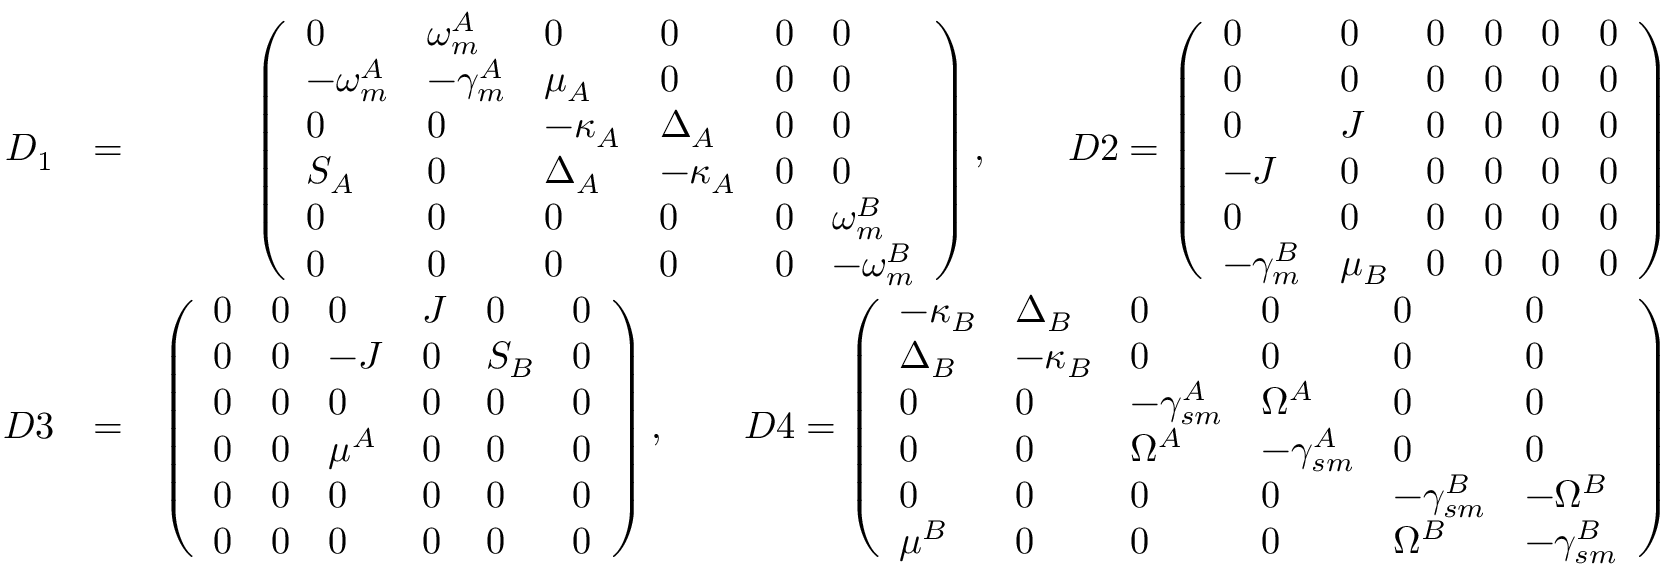
\begin{array} { r l r } { D _ { 1 } } & { = } & { \left( \begin{array} { l l l l l l } { 0 } & { \omega _ { m } ^ { A } } & { 0 } & { 0 } & { 0 } & { 0 } \\ { - \omega _ { m } ^ { A } } & { - \gamma _ { m } ^ { A } } & { \mu _ { A } } & { 0 } & { 0 } & { 0 } \\ { 0 } & { 0 } & { - \kappa _ { A } } & { \Delta _ { A } } & { 0 } & { 0 } \\ { S _ { A } } & { 0 } & { \Delta _ { A } } & { - \kappa _ { A } } & { 0 } & { 0 } \\ { 0 } & { 0 } & { 0 } & { 0 } & { 0 } & { \omega _ { m } ^ { B } } \\ { 0 } & { 0 } & { 0 } & { 0 } & { 0 } & { - \omega _ { m } ^ { B } } \end{array} \right) , \quad \quad D 2 = \left( \begin{array} { l l l l l l } { 0 } & { 0 } & { 0 } & { 0 } & { 0 } & { 0 } \\ { 0 } & { 0 } & { 0 } & { 0 } & { 0 } & { 0 } \\ { 0 } & { J } & { 0 } & { 0 } & { 0 } & { 0 } \\ { - J } & { 0 } & { 0 } & { 0 } & { 0 } & { 0 } \\ { 0 } & { 0 } & { 0 } & { 0 } & { 0 } & { 0 } \\ { - \gamma _ { m } ^ { B } } & { \mu _ { B } } & { 0 } & { 0 } & { 0 } & { 0 } \end{array} \right) } \\ { D 3 } & { = } & { \left( \begin{array} { l l l l l l } { 0 } & { 0 } & { 0 } & { J } & { 0 } & { 0 } \\ { 0 } & { 0 } & { - J } & { 0 } & { S _ { B } } & { 0 } \\ { 0 } & { 0 } & { 0 } & { 0 } & { 0 } & { 0 } \\ { 0 } & { 0 } & { \mu ^ { A } } & { 0 } & { 0 } & { 0 } \\ { 0 } & { 0 } & { 0 } & { 0 } & { 0 } & { 0 } \\ { 0 } & { 0 } & { 0 } & { 0 } & { 0 } & { 0 } \end{array} \right) , \quad \quad D 4 = \left( \begin{array} { l l l l l l } { - \kappa _ { B } } & { \Delta _ { B } } & { 0 } & { 0 } & { 0 } & { 0 } \\ { \Delta _ { B } } & { - \kappa _ { B } } & { 0 } & { 0 } & { 0 } & { 0 } \\ { 0 } & { 0 } & { - \gamma _ { s m } ^ { A } } & { \Omega ^ { A } } & { 0 } & { 0 } \\ { 0 } & { 0 } & { \Omega ^ { A } } & { - \gamma _ { s m } ^ { A } } & { 0 } & { 0 } \\ { 0 } & { 0 } & { 0 } & { 0 } & { - \gamma _ { s m } ^ { B } } & { - \Omega ^ { B } } \\ { \mu ^ { B } } & { 0 } & { 0 } & { 0 } & { \Omega ^ { B } } & { - \gamma _ { s m } ^ { B } } \end{array} \right) } \end{array}